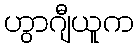
ဟွာဂျီယူက